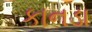
કાનડા